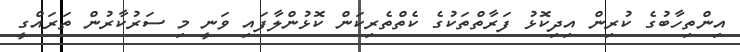
އިންތިހާބުގެ ކުރިން އިދިކޮޅު ފަރާތްތަކުގެ ކެތްތެރިކަން ކޮޅުންލާފައި ވަނީ މި ސަރުކާރުން ތަރައްގީ